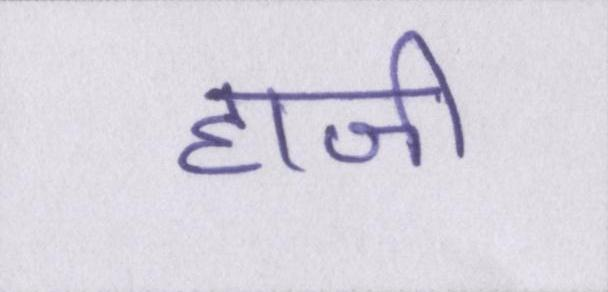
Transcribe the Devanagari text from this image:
हाजी